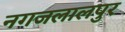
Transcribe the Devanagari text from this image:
नगजलालपुर